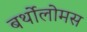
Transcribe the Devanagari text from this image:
बर्थोलोमस